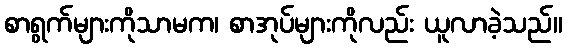
စာရွက်များကိုသာမက၊ စာအုပ်များကိုလည်း ယူလာခဲ့သည်။